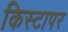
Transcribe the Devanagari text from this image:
किस्टापर